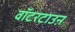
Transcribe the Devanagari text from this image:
वॉटरटाउऩ